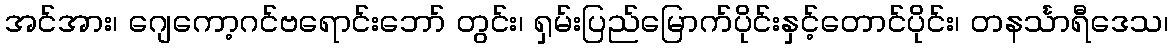
အင်အား၊ ဂျေကော့ဂင်ဗရောင်းဘော် တွင်း၊ ရှမ်းပြည်မြောက်ပိုင်းနှင့်တောင်ပိုင်း၊ တနင်္သာရီဒေသ၊